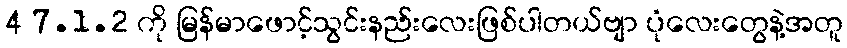
4 7.1.2 ကို မြန်မာဖောင့်သွင်းနည်းလေးဖြစ်ပါတယ်ဗျာ ပုံလေးတွေနဲ့အတူ